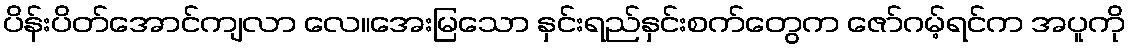
ပိန်းပိတ်အောင်ကျလာ လေ။အေးမြသော နှင်းရည်နှင်းစက်တွေက ဇော်ဂမ့်ရင်က အပူကို